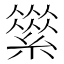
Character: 𦅪